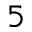
5